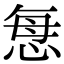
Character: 𢙽